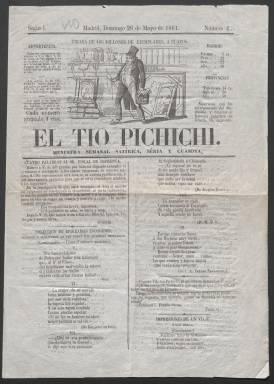
Título: El Tío Pichichi
Colección: Revistas satíricas y humorísticas
Ámbito geográfico: Madrid
Lugar de publicación: Madrid
Fechas: 26/05/1861-02/06/1861